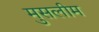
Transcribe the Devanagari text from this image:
मुसलीम